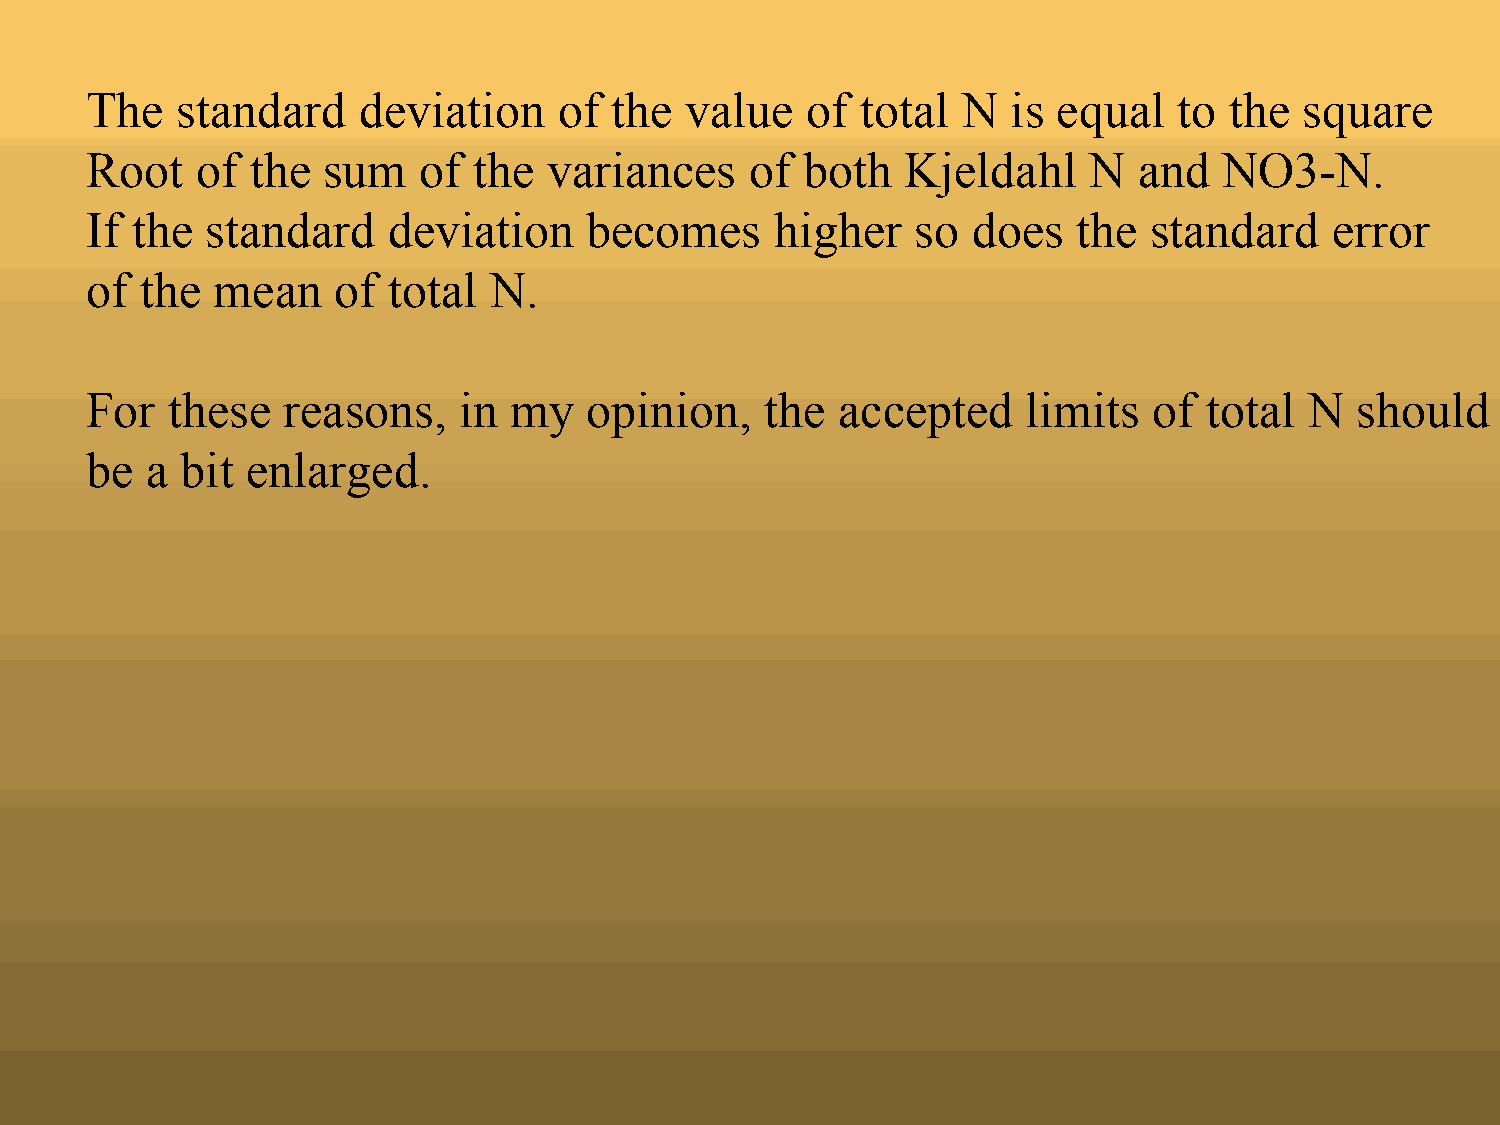
The   standard    deviation    of the  value   of  total  N  is equal   to the  square
 Root   of  the sum    of the  variances     of both   Kjeldahl    N  and   NO3-N.
 If the  standard    deviation    becomes     higher    so does   the  standard    error
 of the  mean    of  total N.
 For  these   reasons,   in  my   opinion,    the accepted     limits  of  total  N  should
 be  a bit enlarged.